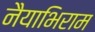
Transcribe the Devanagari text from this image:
नैयाभिराम